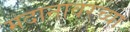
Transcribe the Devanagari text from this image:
मदानावरच्या